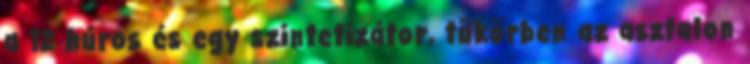
a 12 húros és egy szintetizátor, tükörben az asztalon